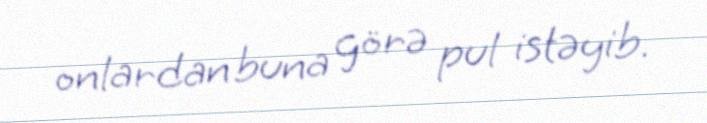
onlardan buna görə pul istəyib.